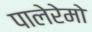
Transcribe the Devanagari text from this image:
पालेरेमो